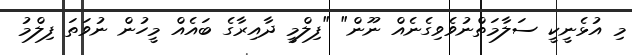
މި އުޅެނީކީ ސަލާމަތްނުވެވިގެނެއް ނޫން" "ފިލްމީ ދާއިރާގެ ބައެއް މީހުން ނުވަތަ ފިލްމު